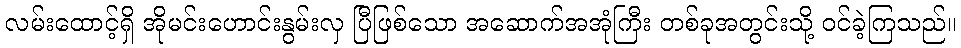
လမ်းထောင့်ရှိ အိုမင်းဟောင်းနွမ်းလှ ပြီဖြစ်သော အဆောက်အအုံကြီး တစ်ခုအတွင်းသို့ ဝင်ခဲ့ကြသည်။